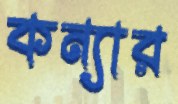
কন্যার